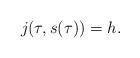
LaTeX: \begin{align*}j(\tau,s(\tau))=h.\end{align*}